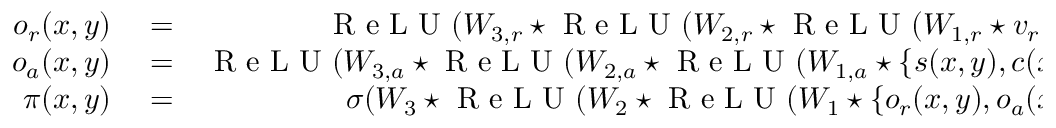
\begin{array} { r l r } { o _ { r } ( x , y ) } & { { } = } & { \textrm { R e L U } ( W _ { 3 , r } \star \textrm { R e L U } ( W _ { 2 , r } \star \textrm { R e L U } ( W _ { 1 , r } \star v _ { r } ( x , y ) ) ) ) } \\ { o _ { a } ( x , y ) } & { { } = } & { \textrm { R e L U } ( W _ { 3 , a } \star \textrm { R e L U } ( W _ { 2 , a } \star \textrm { R e L U } ( W _ { 1 , a } \star \{ s ( x , y ) , c ( x , y ) \} ) ) ) } \\ { \pi ( x , y ) } & { { } = } & { \sigma ( W _ { 3 } \star \textrm { R e L U } ( W _ { 2 } \star \textrm { R e L U } ( W _ { 1 } \star \{ o _ { r } ( x , y ) , o _ { a } ( x , y ) \} ) ) ) } \end{array}